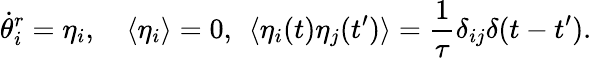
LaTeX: \dot{\theta}_{i}^{r}=\eta_{i},\quad\langle\eta_{i}\rangle=0,\: \: \langle\eta_{i}(t)\eta_{j}(t^{\prime})\rangle=\frac{1}{\tau}\delta_{ij}\delta(t-t^{\prime}).